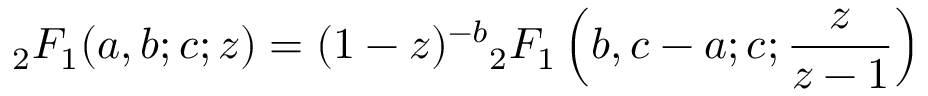
{ } _ { 2 } F _ { 1 } ( a , b ; c ; z ) = ( 1 - z ) ^ { - b } { } _ { 2 } F _ { 1 } \left( b , c - a ; c ; { \frac { z } { z - 1 } } \right)